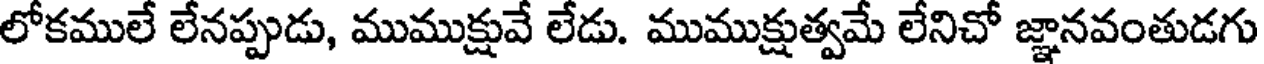
లోకములే లేనప్పుడు, ముముక్షువే లేడు. ముముక్షుత్వమే లేనిచో జ్ఞానవంతుడగు